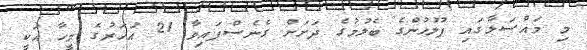
މި މައްސަލާގައި ފުލުހުންގެ ބެލުމުގެ ދަށަށް ގެނެސްފައިވާ 21 އަހަރުގެ މީހާ އަކީ